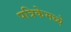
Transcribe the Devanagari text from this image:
पत्रिकेमध्ये